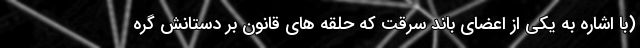
(با اشاره به یکی از اعضای باند سرقت که حلقه های قانون بر دستانش گره